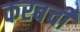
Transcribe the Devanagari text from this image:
करबची